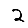
Digit: 2